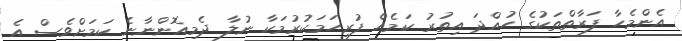
އެންމެހާ ފަރާތްތަކުގެ ހުއްދަ އިތުރު ކަމެއް ފުރިހަމަކުރުމަކާ ނުލާ ދެމިއޮންނާނެ ކަމަށްވެސް އެ